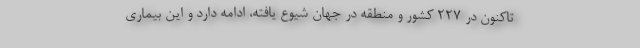
تاکنون در ۲۲۷ کشور و منطقه در جهان شیوع یافته، ادامه دارد و این بیماری